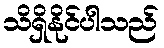
သိရှိနိုင်ပါသည်